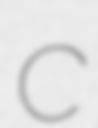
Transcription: C